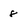
Character: 8